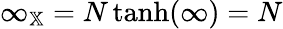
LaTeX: \infty_{\mathbb{X}}=N\operatorname{tanh}(\infty)=N